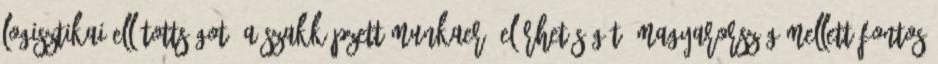
logisztikai ellátottságot, a szakképzett munkaerő elérhetőségét, Magyarország mellett fontos